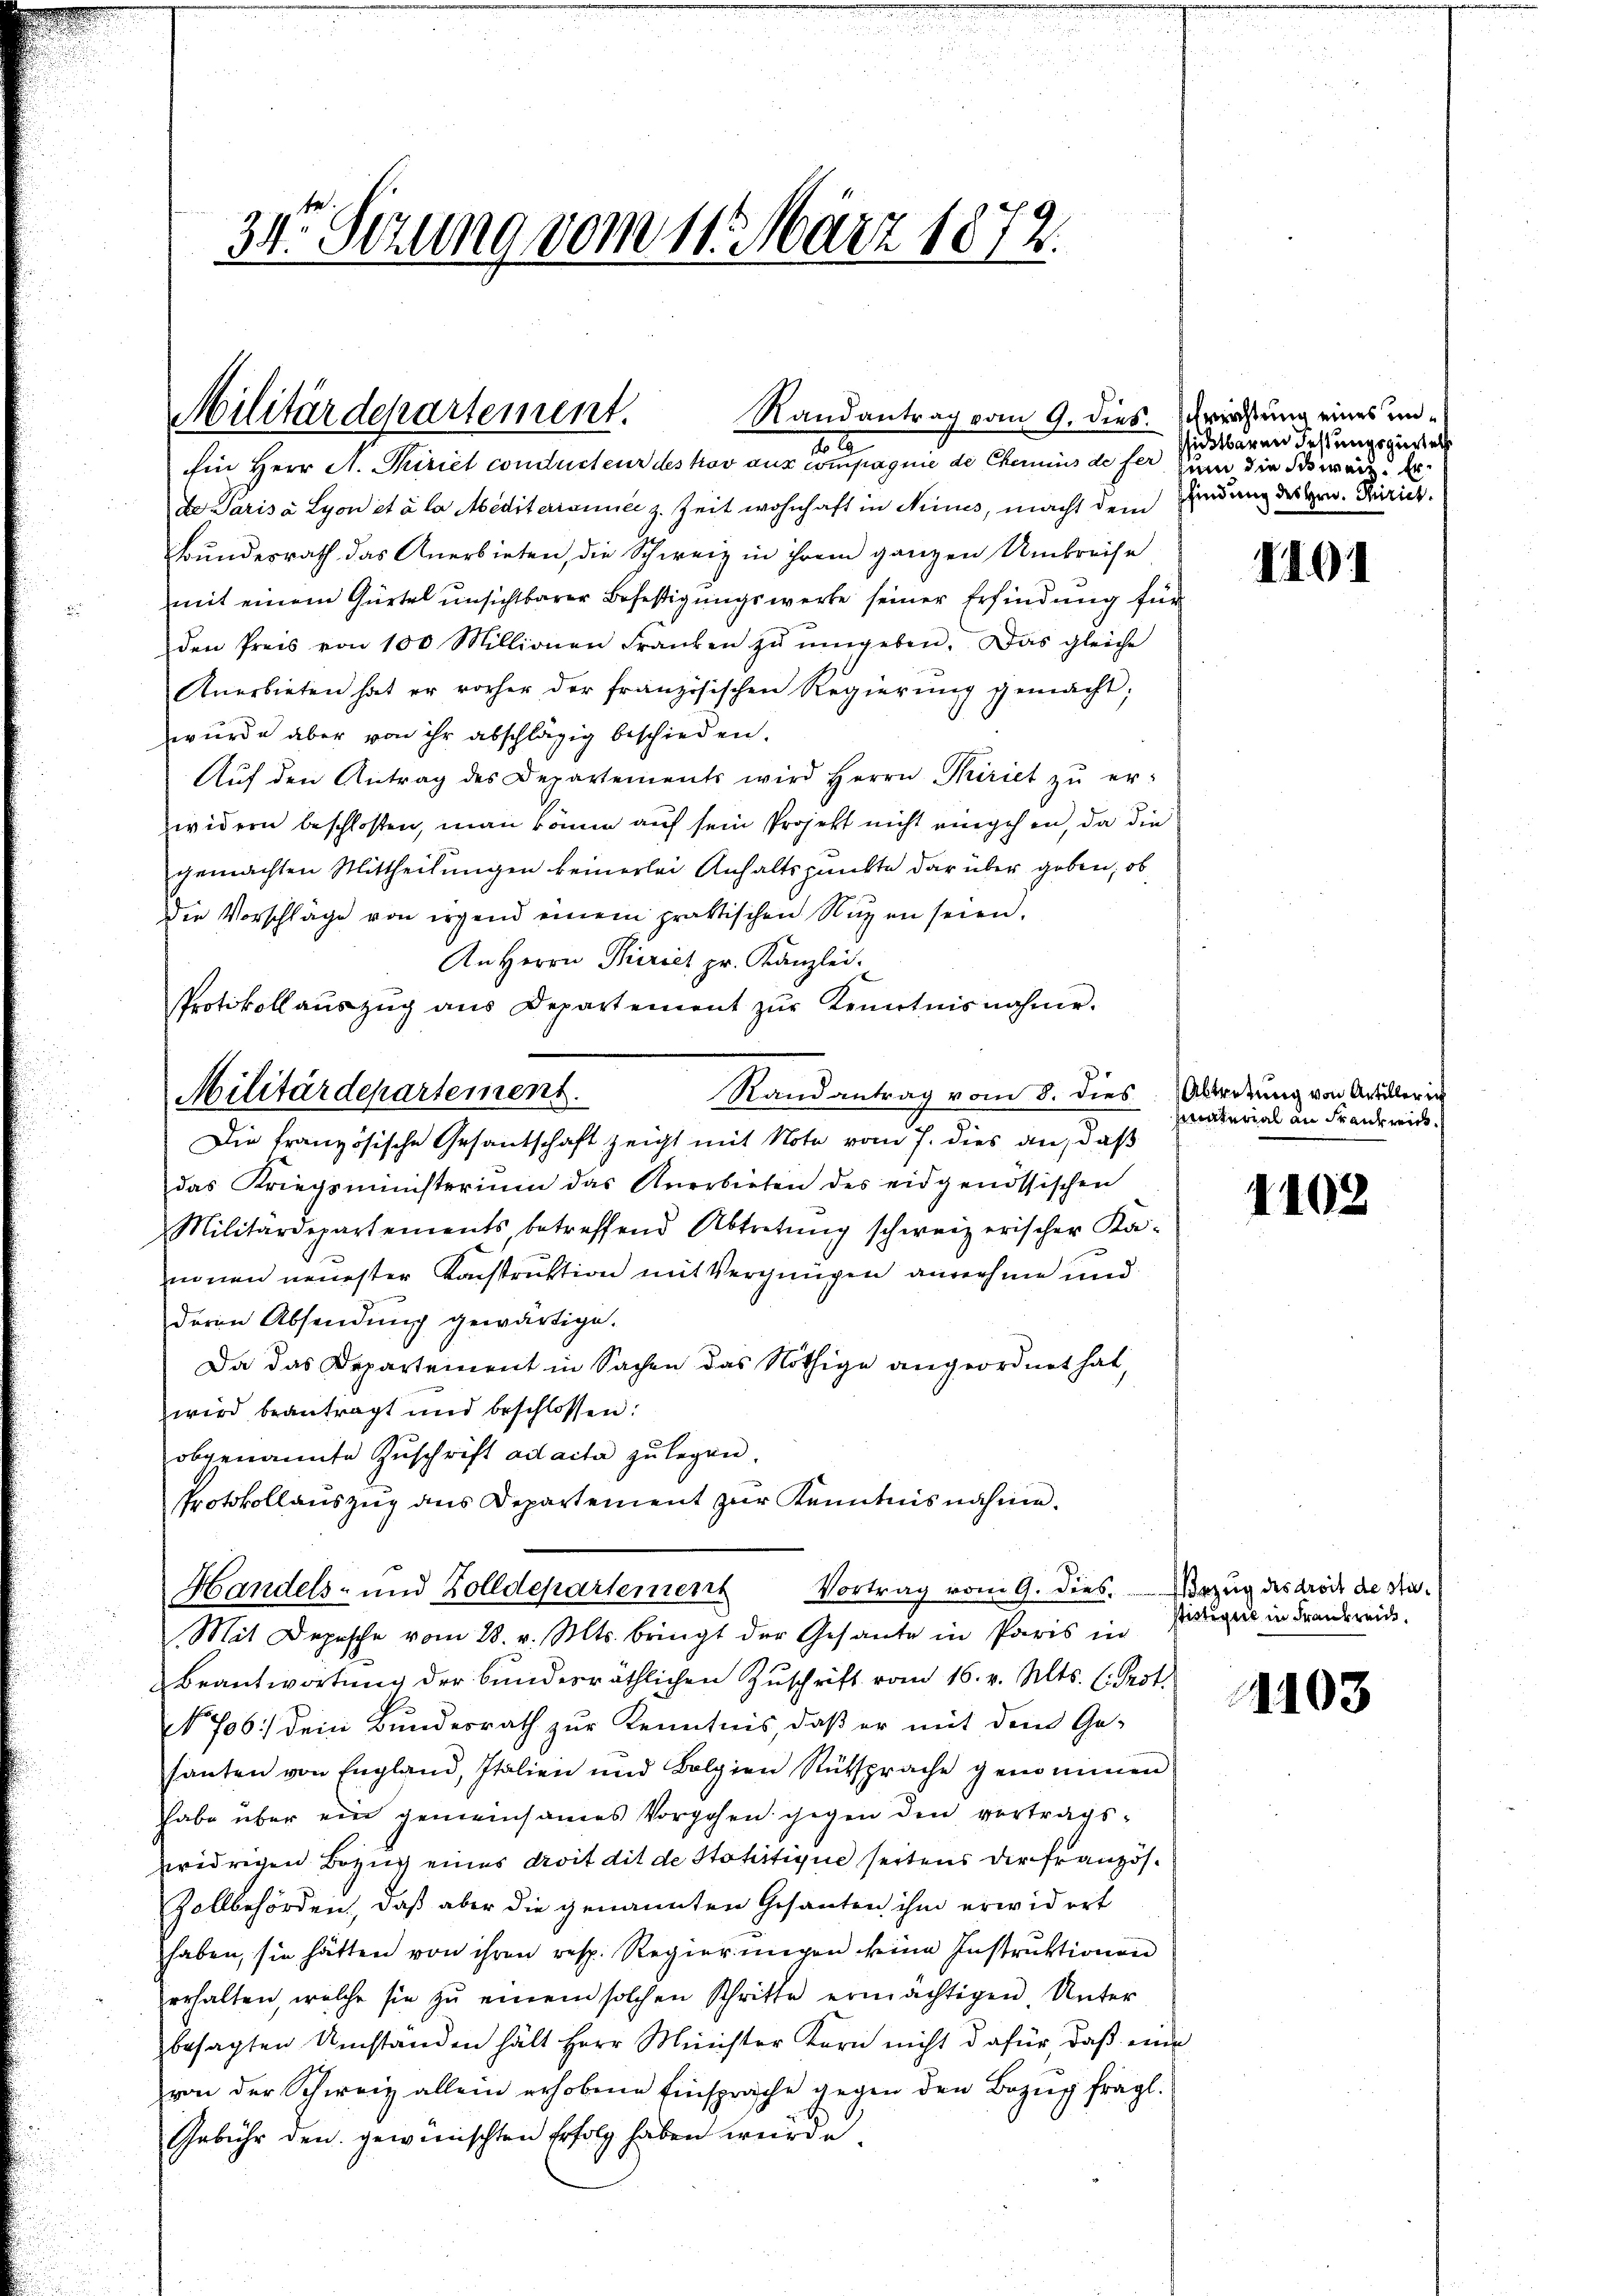
34 Sizung vom 11. März 1872.

Randantrag vom 9. dies. Schreistung eines un¬
Militärdepartement.
20

Ein Herr A. Kuriet conducteur des krov aus compagnie de Chemins de fer zum die Schwarz d.
De Paris à Lyon et à la Mediterianne z. Zeit wohnhaft in Neues, macht dem
Bundesrath das Anerbieten, die Schweiz in ihrem ganzen Umkreise
mit einem Gürtel unsichtbarer Befestigungswerke seiner Erfindung für
den Preis von 100 Millionen Franken zŭ ŭmgeben. Das gleiche
Anerbieten hat er vorher der französischen Regierŭng gemacht;
wurde aber von ihr abschlägig beschieden.
Aŭf den Antrag des Departements wird Herrn Thiriet zŭ er-
widern beschloßen, man könne auf sein Projekt nicht eingehen, da die
gemachten Mittheilungen keinerlei Anhaltspunkte darüber geben, ob
Die Vorschläge von irgend einem praktischen Rügen seien.
An Herrn Thirict pr. Kanzlei.
Randantrag vom 8. dies
Die französische Gesantschaft zeigt mit Note vom 7. dies an, daß
das Kriegsministerium das Anerbieten des eidgenössischen
Militärdepartements, betreffend Abtretŭng schweizerischer Ka-
einen neuester Konstruktion mit Vergnügen annehme und
deren Absendung gewärtige.
Da das Departement in Sachen das Nöthige angeordnet hat,
wird beantragt und beschlossen:
obgenannte Zuschrift ad acta zu legen.
Protokollauszug aus Departement zur Kenntnis nähme.
Handels- und Zolldepartement Vortrag vom 9. dies.
Mit Depesche vom 28. v. Mts. bringt der Gesante in Paris in
Beantwortung der bundesräthlichen Zuschrift vom 16. v. Mts. (: Prof.
No 706.) Dein Bundesrath zur Kenntnis, daß er mit dem Gesanten von England, Italien und Bolgien Rütsprache genommen
habe über ein gemeinsames Vorgehen gegen den vertragswidrigen Bezug eines droit dit de Stahitique seitens der Französ¬
Zollbehörden, daß aber die genannten Gesanten ihm erwidert
haben, sie hätten von ihren resp. Regierungen keine Instruktionen
erhalten, welche sie zŭ einem solchen Schritte ermächtigen Unter
besagten Umstanden hält Herr Minister Korn nicht dafür, daβ eine
von der Schweiz allein erhobene Einsprache gegen den Bezŭg fragl.
Gebühr den gewünschten Erfolg haben wurde.

Protokollaŭszŭg ans Departement zŭr Kenntnisnahme.
Militärdepartement.

sichtbaren Festungsziertel
sfindung des Hrn. Mirich.

1191

Abtretung von Antiller ich
material an Frankreic

1102

Bezug des droit de sta¬
Ptistique in Frankreise.

1103